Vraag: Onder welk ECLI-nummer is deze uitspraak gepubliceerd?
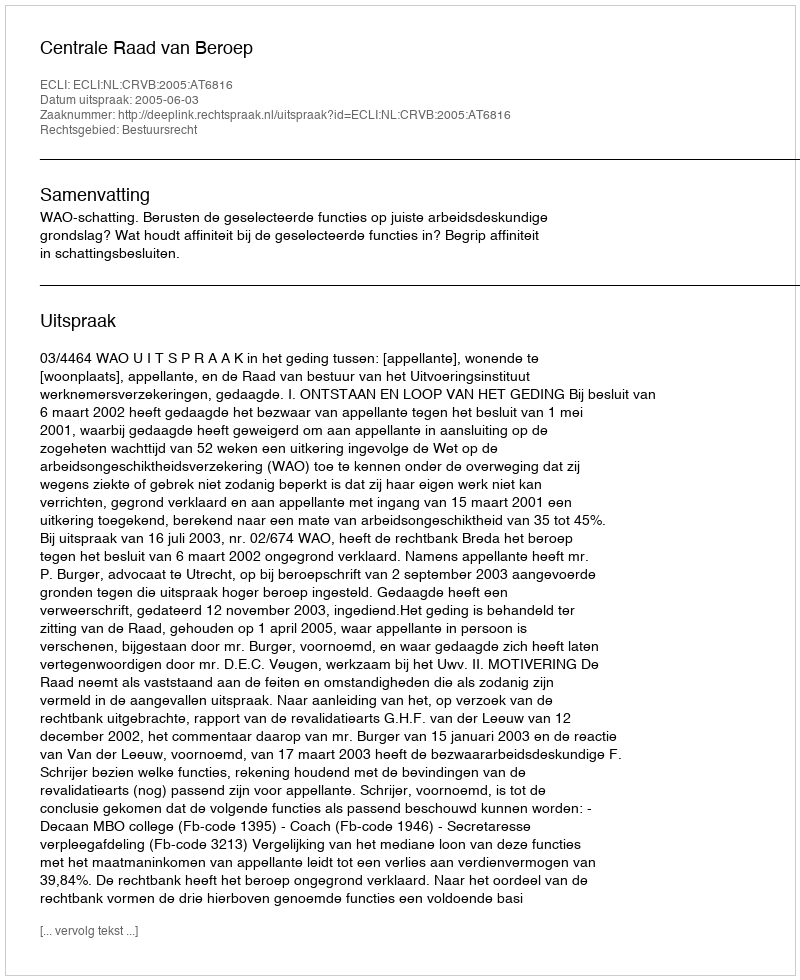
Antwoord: ECLI:NL:CRVB:2005:AT6816